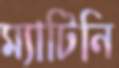
ম্যাটিনি